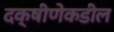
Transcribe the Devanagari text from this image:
दक्षीणेकडील